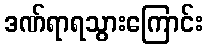
ဒဏ်ရာရသွားကြောင်း